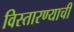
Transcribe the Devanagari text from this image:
विस्तारण्याची